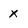
Character: x